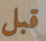
قبل